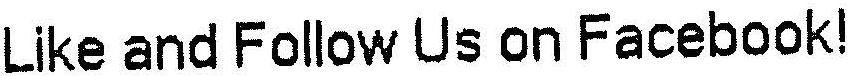
LIKE AND FOLLOW US ON FACEBOOK!